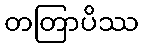
တတြာပိဿ